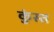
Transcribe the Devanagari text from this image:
कुंस्त